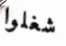
شغلوا